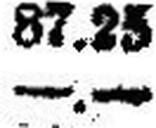
—.—